Lunatic asylums Punjab 1868-1880 - 1868-1880
Year: 1868
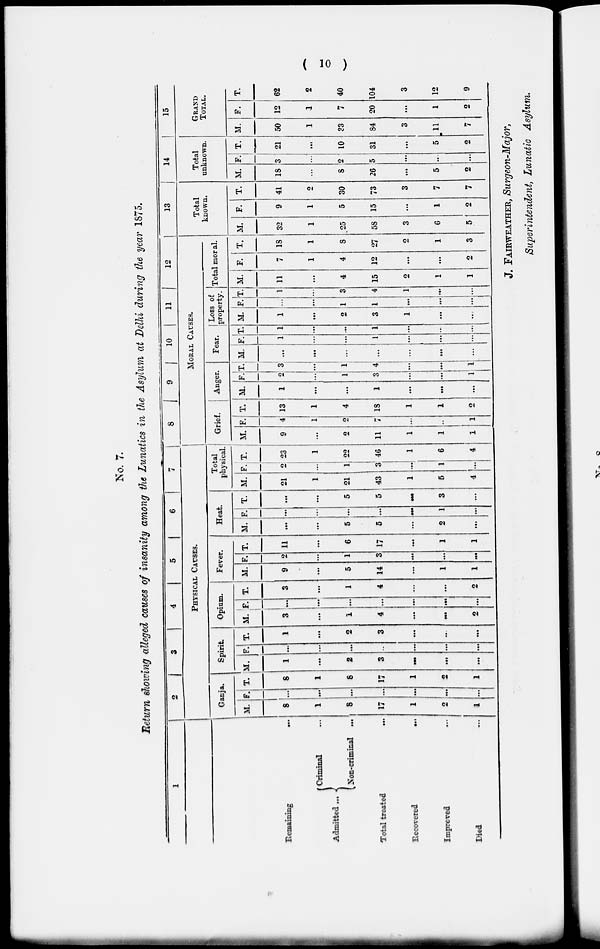
( 10 )
No. 7.
Return showing alleged causes of insanity among the Lunatics in the Asylum at Delhi during the year 1875.
1
Remaining
...
Admitted ...
Criminal ...
Non-criminal
...
Total treated
...
Recovered
...
Improved
...
Died ...
2
3
4
5
6
7
PHYSICAL CAUSES.
Ganja.
M.
8
1
8
17
1
2
8
F.
...
...
...
...
...
...
...
T.
8
1
8
17
1
...
1
Spirit.
M.
1
...
2
3
...
...
...
F.
...
...
...
..
...
...
...
T.
1
...
2
3
...
...
...
Opium.
M.
3
...
1
4
...
...
2
F.
...
...
...
...
...
...
...
T.
3
...
1
4
...
...
2
Fever.
M.
9
...
5
14
...
1
1
F.
2
...
1
3
...
...
...
T.
11
...
6
17
...
1
1
Heat.
M.
...
...
5
5
...
2
...
F.
...
...
...
...
...
1
...
T.
...
...
5
5
...
3
...
Total
physical.
M.
21
1
21
43
1
5
4
F.
2
...
1
3
...
1
...
T.
23
1
22
46
1
6
4
8
9
10 11 12
MORAL CAUSES.
Grief.
M.
9
...
2
11
1
1
1
F.
4
1
2
7
...
...
1
T.
13
1
4
13
1
1
2
Anger.
M.
1
...
...
1
...
...
...
F.
2
...
1
3
...
...
1
T.
3
...
1
4
...
...
1
Fear
M.
...
...
...
...
...
...
...
F.
1
...
...
1
...
...
...
T.
1
...
...
1
...
...
...
Loss of
property.
M.
1
...
2
3
1
...
...
F.
...
...
1
1
...
...
...
T.
1
...
3
4
1
...
...
Total moral.
M.
11
...
4
15
2
1
1
F.
7
1
4
12
...
...
2
T.
18
1
8
27
2
1
3
13
Total
known.
M.
32
1
25
58
3
6
5
F.
9
1
5
15
...
1
2
T.
41
2
30
73
3
7
7
14
Total
unknown.
M.
18
...
8
26
...
5
2
F.
3
...
2
5
...
...
...
T.
21
...
10
31
...
5
2
15
GRAND
TOTAL.
M.
50
1
33
84
3
11
7
F.
12
1
7
20
...
1
2
T.
62
2
40
104
3
12
9
J. FAIRWEATHER, Surgeon-Major,
Superintendent, Lunatic Asylum.